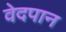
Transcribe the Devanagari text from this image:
वेदपान